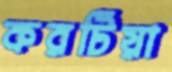
করটিয়া